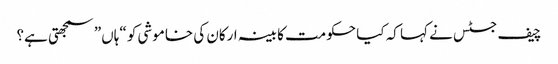
چیف جسٹس نے کہا کہ کیا حکومت کابینہ ارکان کی خاموشی کو “ہاں” سمجھتی ہے؟